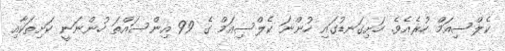
ކެލްސިއަމް ހުރެއެވެ. ހަށިގަނޑުގައި ހުންނަ ކެލްސިއަމް ގެ 99 އިންސައްތަ ހުންނަނީ ކަށިތަކާއި